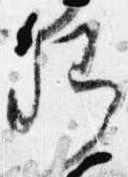
卿